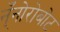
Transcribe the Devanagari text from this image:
न्ँनोरोबोट